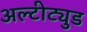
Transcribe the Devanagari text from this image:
अल्टीट्युड